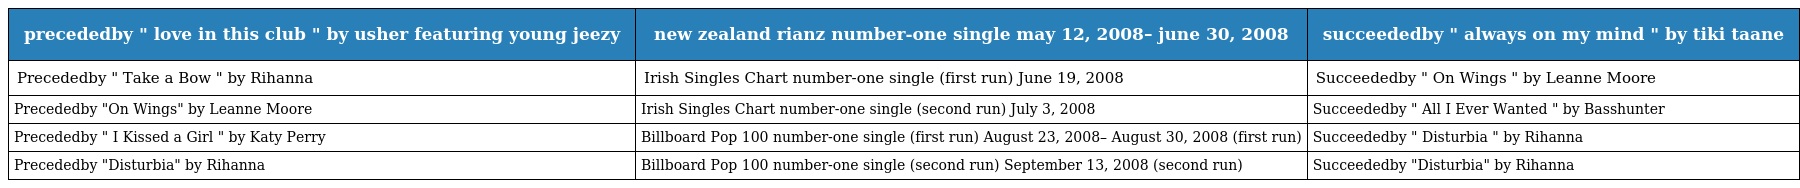
| precededby " love in this club " by usher featuring young jeezy | new zealand rianz number-one single may 12, 2008– june 30, 2008 | succeededby " always on my mind " by tiki taane |
 | --- | --- | --- |
 | Precededby " Take a Bow " by Rihanna | Irish Singles Chart number-one single (first run) June 19, 2008 | Succeededby " On Wings " by Leanne Moore |
 | Precededby "On Wings" by Leanne Moore | Irish Singles Chart number-one single (second run) July 3, 2008 | Succeededby " All I Ever Wanted " by Basshunter |
 | Precededby " I Kissed a Girl " by Katy Perry | Billboard Pop 100 number-one single (first run) August 23, 2008– August 30, 2008 (first run) | Succeededby " Disturbia " by Rihanna |
 | Precededby "Disturbia" by Rihanna | Billboard Pop 100 number-one single (second run) September 13, 2008 (second run) | Succeededby "Disturbia" by Rihanna |